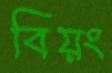
বিয়ং